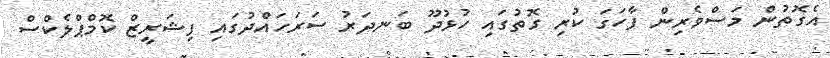
އެގޮތުން މަސްވެރިން ފާހަގަ ކުރި ގޮތުގައި ހުޅުދޫ ބަނދަރު ސަރަހައްދުގައި ފިޝަރީޒް ކޮމްޕްލެކްސް